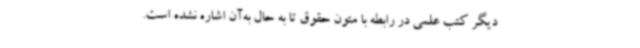
دیگر کتب علمی در رابطه با متون حقوق تا به حال به‌آن اشاره نشده است.